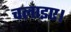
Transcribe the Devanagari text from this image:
चलाइए।